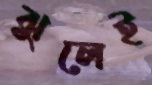
ঝুলেই